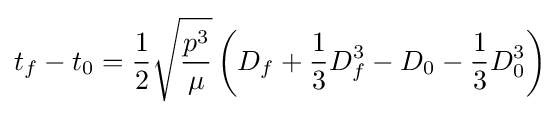
t_{f}-t_{0}={\frac {1}{2}}{\sqrt {\frac {p^{3}}{\mu }}}\left(D_{f}+{\frac {1}{3}}D_{f}^{3}-D_{0}-{\frac {1}{3}}D_{0}^{3}\right)